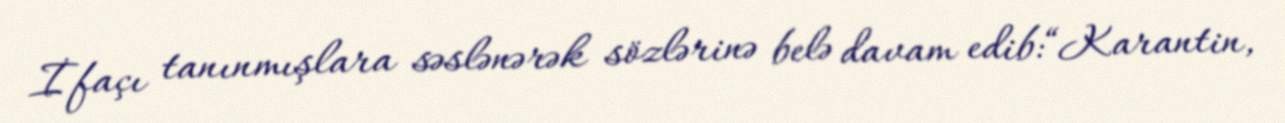
İfaçı tanınmışlara səslənərək sözlərinə belə davam edib:“Karantin,